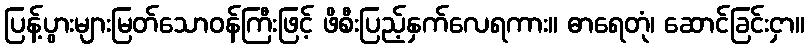
ပြန့်ပွားများမြတ်သောဝန်ကြီးဖြင့် ဖိစီးပြည့်နှက်လေရကား။ ဓာရေတုံ၊ ဆောင်ခြင်းငှာ။